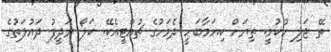
ތޭ ޖަލި ހުކުމީ. ތިޔަށް ކިޔަމާބަހީ ދެމަހުގެ ޗުއްޓީއެކޭ. ކަލޯ ރަދީފު ދައުލަތުގެ